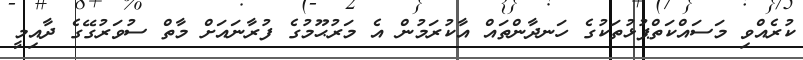
ކުރެއްވި މަސައްކަތްޕުޅުތަކުގެ ހަނދާންތައް އާކުރަމުން އެ މަރުޙޫމުގެ ފުރާނައަށް މާތް ސުވަރުގޭގެ ދާއިމީ